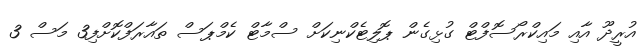
އުރީދޫ އާއި މައިކްރޯސޮފްޓް ގުޅިގެން ޕޮލިޓެކްނިކަށް ސްމާޓް ކެމްޕަސް ތައާރަފްކޮށްފި3 މަސް 3